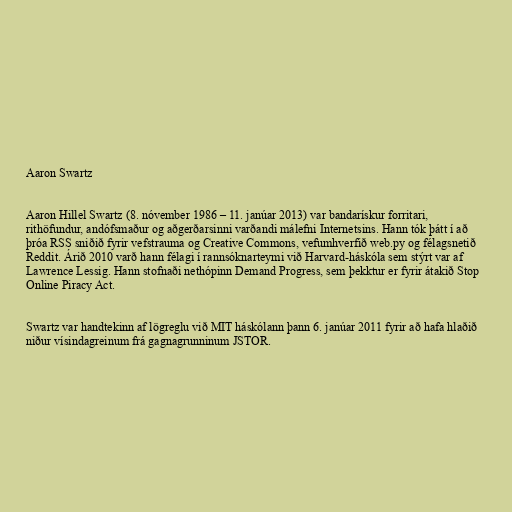
Aaron Swartz

Aaron Hillel Swartz (8. nóvember 1986 – 11. janúar 2013) var bandarískur forritari,
rithöfundur, andófsmaður og aðgerðarsinni varðandi málefni Internetsins. Hann tók þátt í að
þróa RSS sniðið fyrir vefstrauma og Creative Commons, vefumhverfið web.py og félagsnetið
Reddit. Árið 2010 varð hann félagi í rannsóknarteymi við Harvard-háskóla sem stýrt var af
Lawrence Lessig. Hann stofnaði nethópinn Demand Progress, sem þekktur er fyrir átakið Stop
Online Piracy Act.

Swartz var handtekinn af lögreglu við MIT háskólann þann 6. janúar 2011 fyrir að hafa hlaðið
niður vísindagreinum frá gagnagrunninum JSTOR.